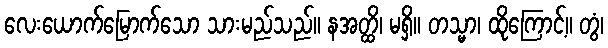
လေးယောက်မြောက်သော သားမည်သည်။ နအတ္ထိ၊ မရှိ။ တသ္မာ၊ ထိုကြောင့်။ တွံ၊